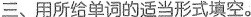
三、用所给单词的适当形式填空。